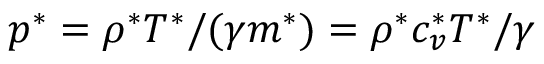
p ^ { * } = \rho ^ { * } T ^ { * } / ( \gamma m ^ { * } ) = \rho ^ { * } c _ { v } ^ { * } T ^ { * } / \gamma